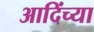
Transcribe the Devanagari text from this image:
आदिंच्या